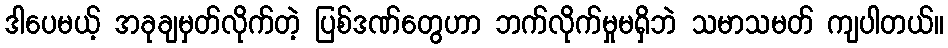
ဒါပေမယ့် အခုချမှတ်လိုက်တဲ့ ပြစ်ဒဏ်တွေဟာ ဘက်လိုက်မှုမရှိဘဲ သမာသမတ် ကျပါတယ်။